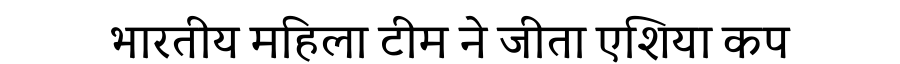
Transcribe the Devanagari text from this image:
भारतीय महिला टीम ने जीता एशिया कप